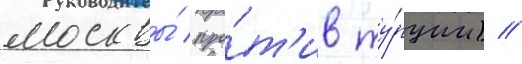
москвы́ про́т'ив ту́рции) //